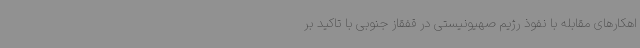
اهکارهای مقابله با نفوذ رژیم صهیونیستی در قفقاز جنوبی با تاکید بر